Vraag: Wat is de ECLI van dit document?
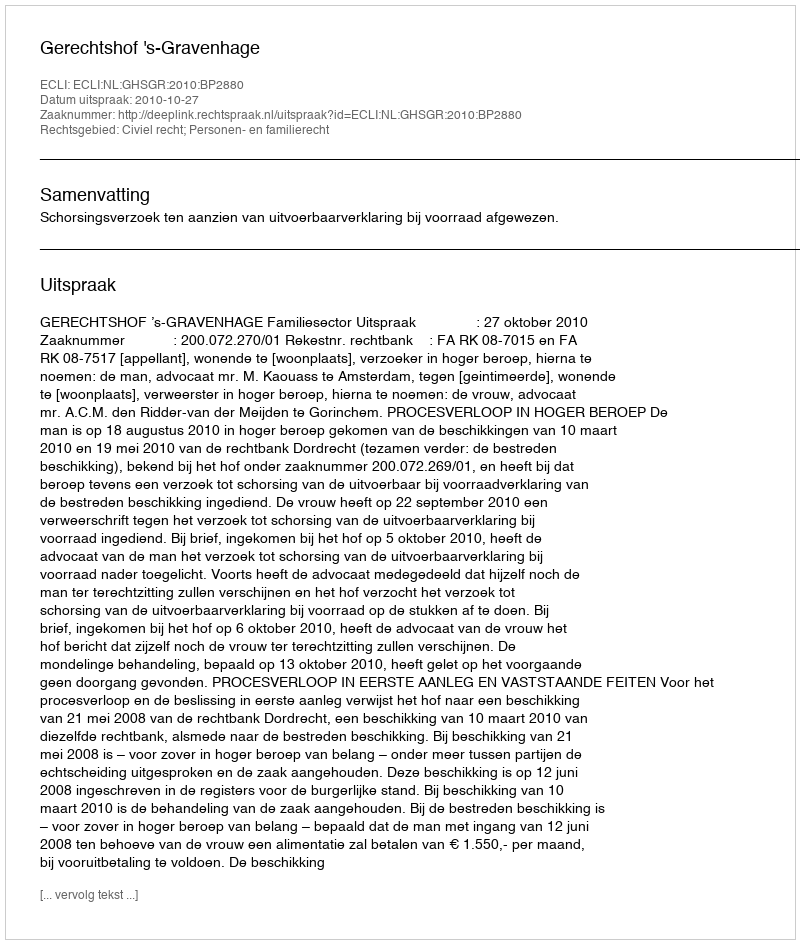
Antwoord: ECLI:NL:GHSGR:2010:BP2880